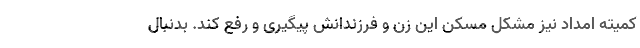
کمیته امداد نیز مشکل مسکن این زن و فرزندانش پیگیری و رفع کند. بدنبال